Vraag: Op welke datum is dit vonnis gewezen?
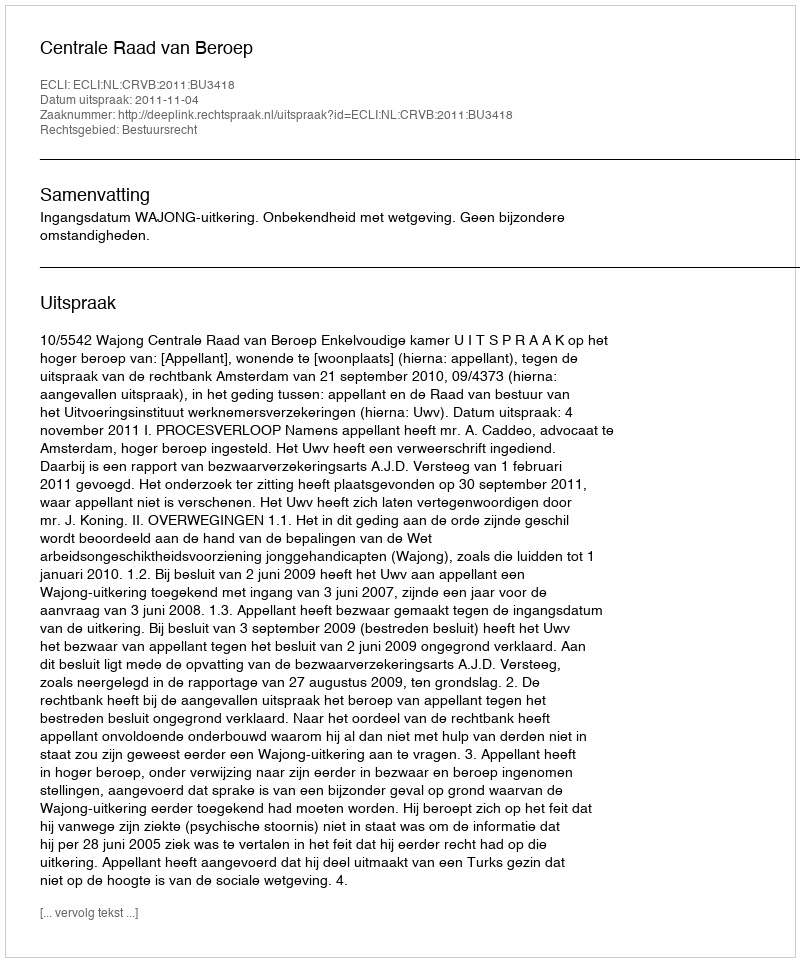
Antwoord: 2011-11-04